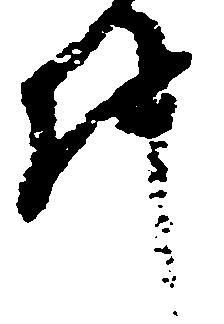
件